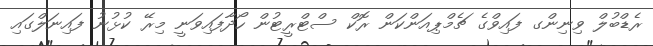
ރެޑްބުލް ވިނިންގ ފައިވްގެ ޗެމްޕިއަންކަން ރޮކް ސްޓްރީޓުން ހޯދާފައިވަނީ މިރޭ ކުޅުނު ފައިނަލްގައި